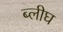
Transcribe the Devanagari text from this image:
ब्लीघ